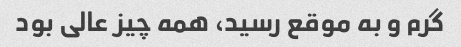
گرم و به موقع رسید، همه چیز عالی بود